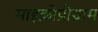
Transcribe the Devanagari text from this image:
माइक्रोप्रोग्राम